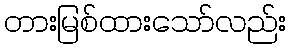
တားမြစ်ထားသော်လည်း